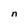
Character: n